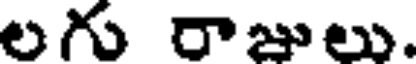
లగు రాజులు.